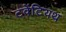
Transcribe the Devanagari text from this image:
टवेंटियथ